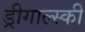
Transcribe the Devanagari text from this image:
ड्रीगाल्स्की